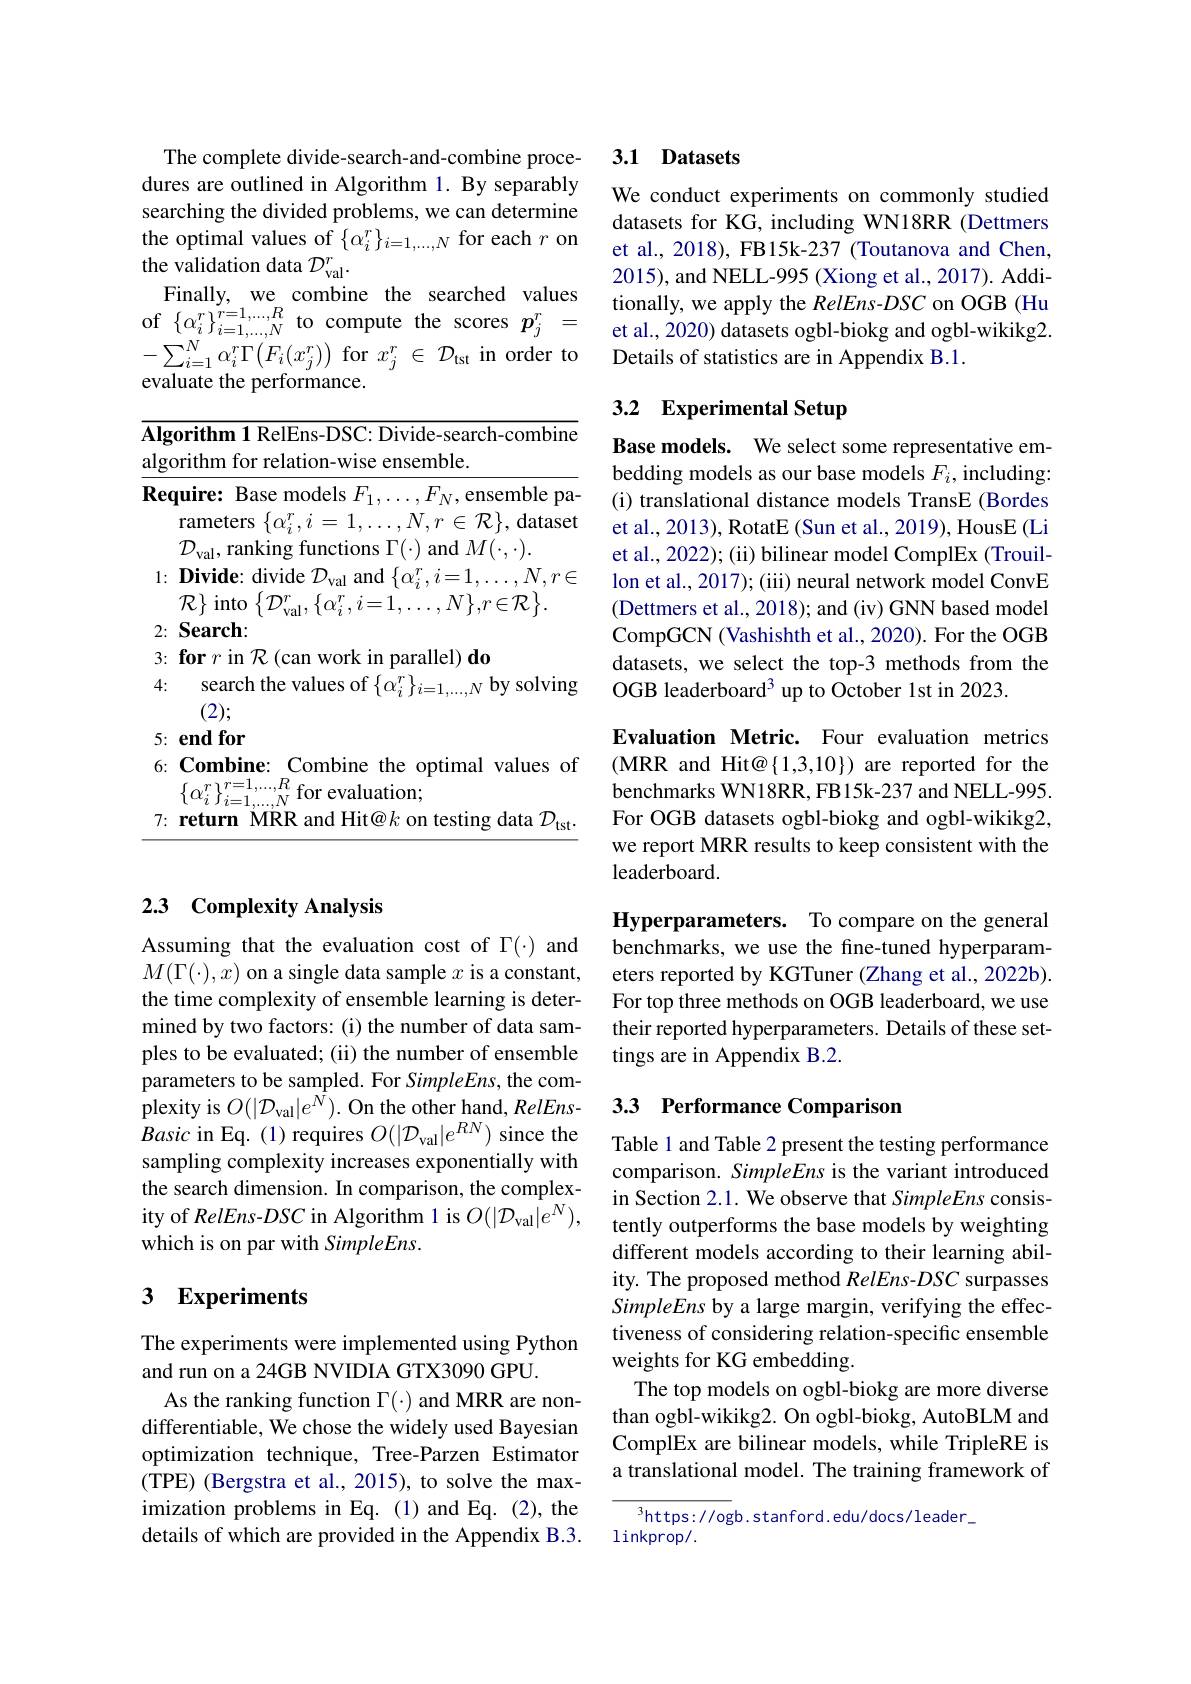
The complete divide-search-and-combine procedures are outlined in Algorithm 1. By separably searching the divided problems, we can determine the optimal values of $\{\alpha_i^r\}_{i=1,\ldots,N}$ for each $r$ on the validation data $\mathcal D_\mathrm{val}^r.$
Finally, we combine the searched values of$\left\{\alpha_{i}^{r}\right\}_{i=1,\ldots,N}^{r=1,\ldots,R}$tocompute the scores$p_j^{r}=$ $-\sum_{i=1}^{N}\alpha_{i}^{r}\Gamma\left(F_{i}(x_{j}^{r})\right)$for$x_j^r\in\mathcal{D}_\text{tst}$in order to evaluate the performance.

<table>
	<tbody>
		<tr>
			<td>$\mathbf{\Lambda lg}$ $\underline{\mathrm{ulg}}$ $\textbf{Rec}$</td>
			<td>gorithm 1 RelEns-DSC: Divide-search-combine , orithm for relation-wise ensemble. $\textbf{quire: Base models }F_{1}, \ldots , F_{N}$,ensemble pa rameters $\{\alpha_i^r,i=1,\ldots,N,r\in\mathcal{R}\}$, dataset $\mathcal{D}_{\mathrm{val}}$,ranking functions $\Gamma(\cdot)$ and $M(\cdot,\cdot).$</td>
		</tr>
		<tr>
			<td>$\mathbf{\Lambda lg}$ ılgu</td>
			<td>gorithm 1 RelEns-DSC: Divide-search-combine , orithm for relation-wise ensemble.</td>
		</tr>
	</tbody>
</table>

## 2.3 Complexity Analysis

Assuming that the evaluation cost of $\Gamma(\cdot)$ and $M(\Gamma(\cdot),x)$ on a single data sample $x$ is a constant, the time complexity of ensemble learning is determined by two factors: (i) the number of data samples to be evaluated; (ii) the number of ensemble parameters to be sampled. For SimpleEns, the complexity is $O(|\mathcal{D}_{\mathrm{val}}|e^{\bar{N}}).$ On the other hand, RelEnsBasic in Eq. (1) requires $O(|\mathcal{D}_\mathrm{val}|e^{RN})$ since the sampling complexity increases exponentially with the search dimension. In comparison, the complexity of RelEns-DSC in Algorithm 1 is $O(|\mathcal{D}_\mathrm{val}|e^N)$, which is on par with SimpleEns.

## 3 Experiments

The experiments were implemented using Python
and run on a 24GB NVIDIA GTX3090 GPU.
As the ranking function $\Gamma(\cdot)$ and MRR are nondifferentiable, We chose the widely used Bayesian optimization technique, Tree-Parzen Estimator (TPE) (Bergstra et al., 2015), to solve the maximization problems in Eq.(1)and Eq.(2), the details of which are provided in the Appendix B.3.

## 3.1 Datasets

We conduct experiments on commonly studied datasets for KG, including WN18RR (Dettmers et al., 2018), FB15k-237 (Toutanova and Chen, 2015), and NELL-995 (Xiong et al., 2017). Additionally, we apply the $RelEns-DSC$ on OGB (Hu et al., 2020) datasets ogbl-biokg and ogbl-wikikg2. Details of statistics are in Appendix B.1.

# 3.2 Experimental Setup

Base models. We select some representative embedding models as our base models $F_i$,including: (i) translational distance models TransE (Bordes et al., 2013), RotatE (Sun et al., 2019), HousE (Li et al., 2022); (ii) bilinear model ComplEx (Trouillon et al., 2017); (iii) neural network model ConvE (Dettmers et al., 2018); and (iv) GNN based model CompGCN (Vashishth et al., 2020). For the OGB datasets, we select the top-3 methods from the OGB leaderboard$^3$ up to October 1st in 2023.

Evaluation Metric. Four evaluation metrics (MRR and Hit@{1,3,10}) are reported for the benchmarks WN18RR, FB15k-237 and NELL-995. For OGB datasets ogbl-biokg and ogbl-wikikg2, we report MRR results to keep consistent with the ${\mathrm{leaderboard}}.$

Hyperparameters. To compare on the general benchmarks, we use the fine-tuned hyperparameters reported by KGTuner (Zhang et al., 2022b). For top three methods on OGB leaderboard, we use their reported hyperparameters. Details of these settings are in Appendix B.2.

## 3.3 Performance Comparison

Table 1 and Table 2 present the testing performance comparison. SimpleEns is the variant introduced in Section 2.1. We observe that SimpleEns consistently outperforms the base models by weighting different models according to their learning ability. The proposed method RelEns-DSC surpasses SimpleEns by a large margin, verifying the effectiveness of considering relation-specific ensemble weights for KG embedding.
The top models on ogbl-biokg are more diverse than ogbl-wikikg2. On ogbl-biokg, AutoBLM and ComplEx are bilinear models, while TripleRE is a translational model. The training framework of

$^3$https: / / ogb. s tanf ord. edu/ docs/ leader\_
$\operatorname{linkprop}/.$